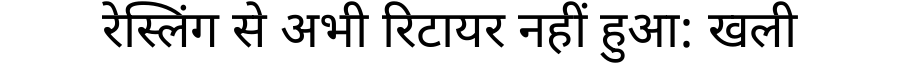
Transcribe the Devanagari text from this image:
रेस्लिंग से अभी रिटायर नहीं हुआ: खली